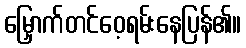
မြှောက်တင်ဝေ့ရမ်းနေပြန်၏။